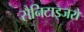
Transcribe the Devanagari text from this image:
सैनिटाइजरों